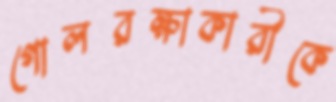
গোলরক্ষাকারীকে